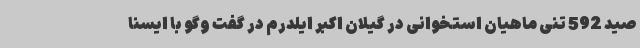
صید 592 تنی ماهیان استخوانی در گیلان اکبر ایلدرم در گفت وگو با ایسنا